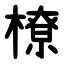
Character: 橑